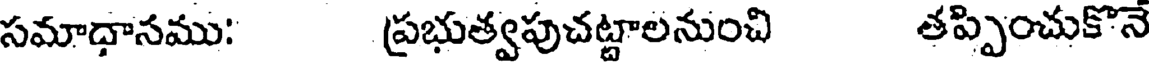
సమాధానము: ప్రభుత్వపుచట్టాలనుంచి తప్పించుకొనె